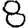
Digit: 8